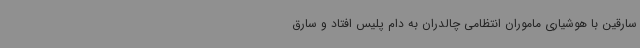
سارقین با هوشیاری ماموران انتظامی چالدران به دام پلیس افتاد و سارق